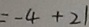
= - 4 + 2 1